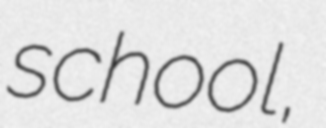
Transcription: school,